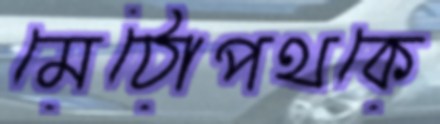
মেঠোপথকে